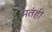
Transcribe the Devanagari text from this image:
मतंही